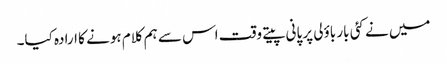
میں نے کئی بار باؤلی پر پانی پیتے وقت اس سے ہم کلام ہونے کا ارادہ کیا۔